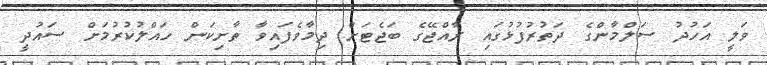
ވަލީ އަހުދު ސަލްމާންގެ ދަތުރުފުޅުގައި ރާއްޖޭގެ ބަޖެޓަށް ދިމާވެފައިވާ ތާށިކަން ހައްލުކުރުމަށް ސައުދީ